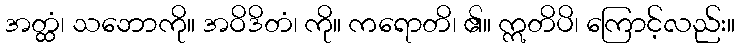
အတ္ထံ၊ သဘောကို။ အဝိဒိတံ၊ ကို။ ကရောတိ၊ ၏။ ဣတိပိ၊ ကြောင့်လည်း။